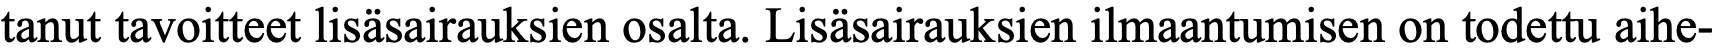
tanut tavoitteet lisäsairauksien osalta. Lisäsairauksien ilmaantumisen on todettu aihe-